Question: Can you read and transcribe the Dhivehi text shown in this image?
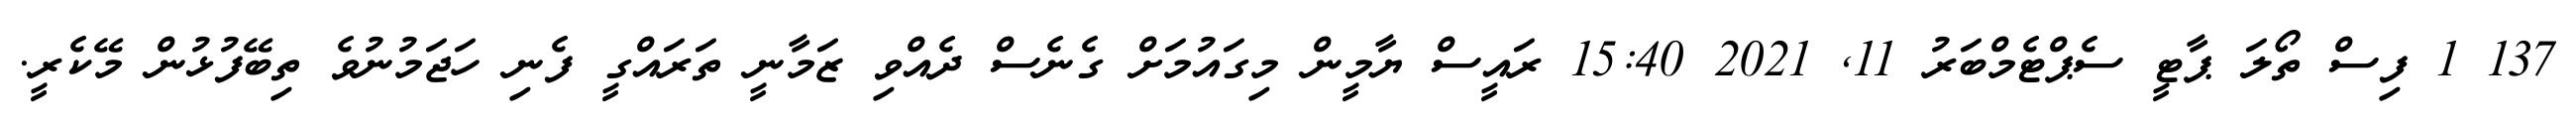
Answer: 137 1 ފިސް ތޯލަ ޕާޓީ ސެޕްޓެމްބަރު 11, 2021 15:40 ރައީސް ޔާމީން މިގައުމަށް ގެނެސް ދެއްވި ޒަމާނީ ތަރައްގީ ފެނި ހަޖަމުނުވެ ތިބޭފުޅުން މޭކެރީ.